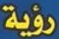
رؤية